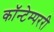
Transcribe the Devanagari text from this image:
कॉन्टेम्पररी